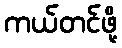
ကယ်တင်ဖို့